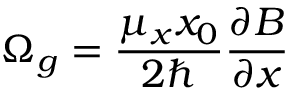
\Omega _ { g } = \frac { \mu _ { x } x _ { 0 } } { 2 \hbar } \frac { \partial B } { \partial x }